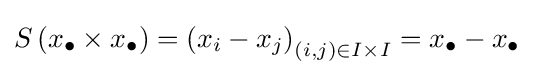
S\left(x_{\bullet }\times x_{\bullet }\right)=\left(x_{i}-x_{j}\right)_{(i,j)\in I\times I}=x_{\bullet }-x_{\bullet }